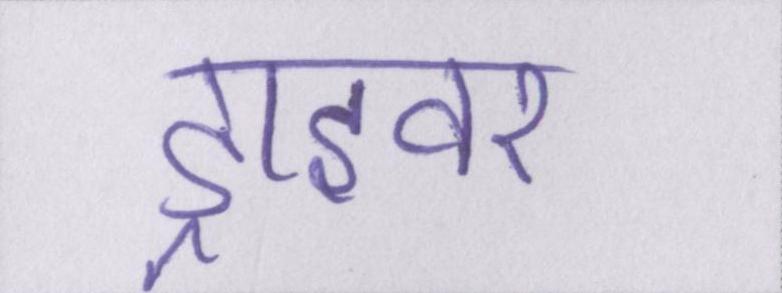
ड्राइवर